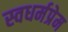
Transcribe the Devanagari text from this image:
स्वधर्मप्रेम